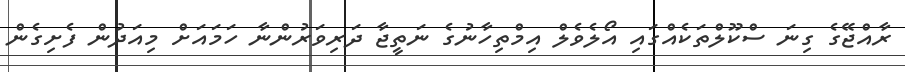
ރާއްޖޭގެ ގިނަ ސްކޫލްތަކެއްގައި އޯލެވެލް އިމްތިހާނުގެ ނަތީޖާ ދަރިވަރުންނާ ހަމައަށް މިއަދުން ފެށިގެން